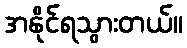
အနိုင်ရသွားတယ်။